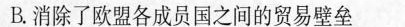
B.消除了欧盟各成员国之间的贸易壁垒